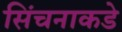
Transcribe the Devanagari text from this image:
सिंचनाकडे